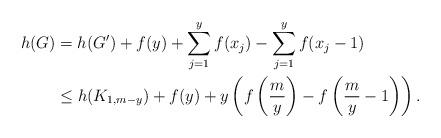
LaTeX: \begin{align*} h(G)&=h(G')+f(y)+\sum_{j=1}^y f(x_j) -\sum_{j=1}^y f(x_j-1) \\ &\le h(K_{1,m-y}) +f(y) + y\left( f\left( \frac{m}{y} \right) - f\left( \frac{m}{y}-1 \right) \right). \end{align*}